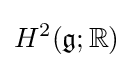
H^{2}({\mathfrak {g}};\mathbb {R} )